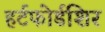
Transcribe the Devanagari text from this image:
हर्टफोर्डशिर